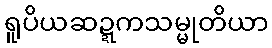
ရူပိယဆဍ္ဍကသမ္မုတိယာ